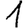
Digit: 1